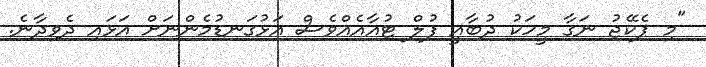
"މި ޕެކޭޖު ނަގާ މީހަކު ދުބާއީ ފުލް ޓުއާއެއްވެސް އަޅުގަނޑުމެންނަށް އަޅައި ދެވިދާނެ.